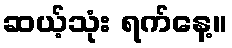
ဆယ့်သုံး ရက်နေ့။